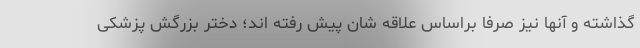
گذاشته و آنها نیز صرفا براساس علاقه شان پیش رفته اند؛ دختر بزرگش پزشکی